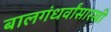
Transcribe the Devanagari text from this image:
बालगंधर्वांसारखी